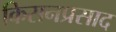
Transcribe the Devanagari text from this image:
किसनप्रसाद